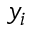
y _ { i }